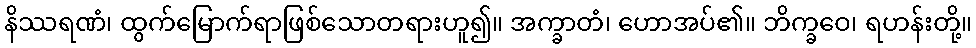
နိဿရဏံ၊ ထွက်မြောက်ရာဖြစ်သောတရားဟူ၍။ အက္ခာတံ၊ ဟောအပ်၏။ ဘိက္ခဝေ၊ ရဟန်းတို့။